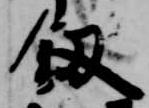
釼